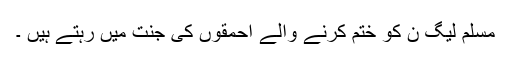
مسلم لیگ ن کو ختم کرنے والے احمقوں کی جنت میں رہتے ہیں ۔